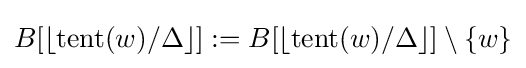
B[\lfloor \operatorname {tent} (w)/\Delta \rfloor ]:=B[\lfloor \operatorname {tent} (w)/\Delta \rfloor ]\setminus \{w\}